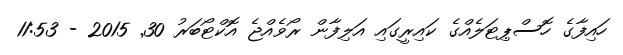
ހައިފާގެ ހޮސްޕިޓަލެއްގެ ކައިރީގައި އަލިފާން ރޯވެއްޖެ އޮކްޓޯބަރު 30